Insane asylums in Bengal annual reports 1867-1875 - 1867-1875
Year: 1867
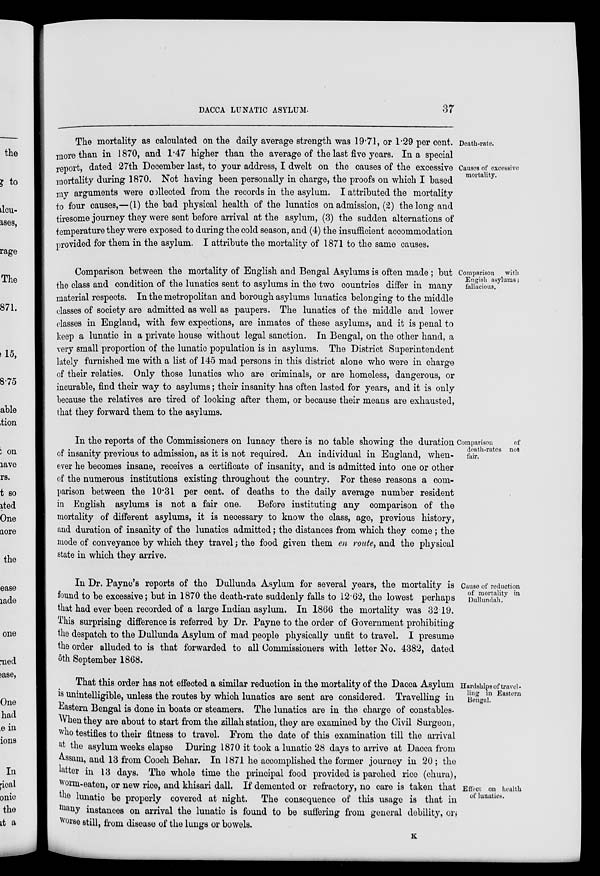
DACCA LUNATIC ASYLUM.
37
Death-rate.
Causes of excessive
mortality.
The mortality as calculated on the daily average strength was 19.71, or 1.29 per cent.
more than in 1870, and 1.47 higher than the average of the last five years. In a special
report, dated 27th December last, to your address, I dwelt on the causes of the excessive
mortality during 1870. Not having been personally in charge, the proofs on which I based
my arguments were collected from the records in the asylum. I attributed the mortality
to four causes,—(1) the bad physical health of the lunatics on admission, (2) the long and
tiresome journey they were sent before arrival at the asylum, (3) the sudden alternations of
temperature they were exposed to during the cold season, and (4) the insufficient accommodation
provided for them in the asylum. I attribute the mortality of 1871 to the same causes.
Comparison with
Engish asylums ;
fallacious.
Comparison between the mortality of English and Bengal Asylums is often made; but
the class and condition of the lunatics sent to asylums in the two countries differ in many
material respects. In the metropolitan and borough asylums lunatics belonging to the middle
classes of society are admitted as well as paupers. The lunatics of the middle and lower
classes in England, with few expections, are inmates of these asylums, and it is penal to
keep a lunatic in a private house without legal sanction. In Bengal, on the other hand, a
very small proportion of the lunatic population is in asylums. The District Superintendent
lately furnished me with a list of 145 mad persons in this district alone who were in charge
of their relaties. Only those lunatics who are criminals, or are homeless, dangerous, or
incurable, find their way to asylums; their insanity has often lasted for years, and it is only
because the relatives are tired of looking after them, or because their means are exhausted,
that they forward them to the asylums.
Comparison
of
death-rates not
fair.
In the reports of the Commissioners on lunacy there is no table showing the duration
of insanity previous to admission, as it is not required. An individual in England, when-
ever he becomes insane, receives a certificate of insanity, and is admitted into one or other
of the numerous institutions existing throughout the country. For these reasons a com-
parison between the 10.31 per cent. of deaths to the daily average number resident
in English asylums is not a fair one.
Before instituting any comparison of the
mortality of different asylums, it is necessary to know the class, age, previous history,
and duration of insanity of the lunatics admitted; the distances from which they come ; the
mode of conveyance by which they travel; the food given them en route, and the physical
state in which they arrive.
Cause of reduction
of mortality in
Dullundah.
In Dr. Payne's reports of the Dullunda Asylum for several years, the mortality is
found to be excessive; but in 1870 the death-rate suddenly falls to 12.62, the lowest perhaps
that had ever been recorded of a large Indian asylum. In 1866 the mortality was 32 19.
This surprising difference is referred by Dr. Payne to the order of Government prohibiting
the despatch to the Dullunda Asylum of mad people physically unfit to travel. I presume
the order alluded to is that forwarded to all Commissioners with letter No. 4382, dated
5th September 1868.
Hardships of travel -
ling in Eastern
Bengal.
Effect on health
of lunatics.
That this order has not effected a similar reduction in the mortality of the Dacca Asylum
is unintelligible, unless the routes by which lunatics are sent are considered. Travelling in
Eastern Bengal is done in boats or steamers. The lunatics are in the charge of constables.
When they are about to start from the zillah station, they are examined by the Civil Surgeon,
who testifies to their fitness to travel. From the date of this examination till the arrival
at the asylum weeks elapse During 1870 it took a lunatic 28 days to arrive at Dacca from
Assam, and 13 from Cooch Behar. In 1871 he accomplished the former journey in 20 ; the
latter in 13 days. The whole time the principal food provided is parched rice (chura),
worm-eaten, or new rice, and khisari dall. If demented or refractory, no care is taken that
the lunatic be properly covered at night. The consequence of this usage is that in
many instances on arrival the lunatic is found to be suffering from general debility, or,
worse still, from disease of the lungs or bowels.
K